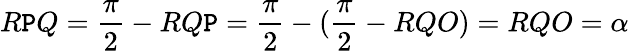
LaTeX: R\mathtt{P}Q={\frac{{\pi}}{{2}}}-RQ\mathtt{P}={\frac{{\pi}}{{2}}}-({\frac{{\pi}}{{2}}}-RQO)=RQO=\alpha